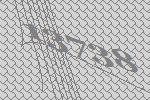
13738